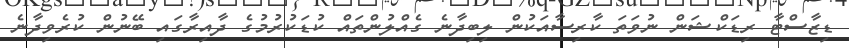
ޑިޒާސްޓާ ރިޑަކްޝަން ނުވަތަ ކާރިސާއަކުން ލިބިދާނެ ގެއްލުންތައް ކުޑަކުރުމުގެ ދާއިރާގައި ބޭނުން ކުރެވިދާނެ